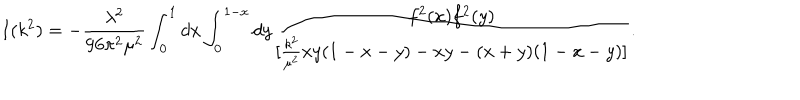
I ( k ^ { 2 } ) = - { \frac { \lambda ^ { 2 } } { 9 6 \pi ^ { 2 } \mu ^ { 2 } } } \int _ { 0 } ^ { 1 } d x \int _ { 0 } ^ { 1 - x } d y { \frac { f ^ { 2 } ( x ) f ^ { 2 } ( y ) } { [ { \frac { k ^ { 2 } } { \mu ^ { 2 } } } x y ( 1 - x - y ) - x y - ( x + y ) ( 1 - x - y ) ] } } .